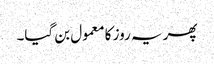
پھر یہ روز کا معمول بن گیا۔